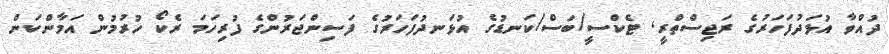
ދުއްވާ އުޅަދުފަހަރުގެ ރަޖިސްތްރީ